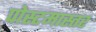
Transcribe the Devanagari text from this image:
पोस्टमास्तर